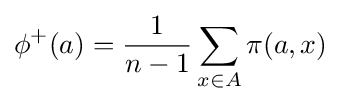
\phi ^{+}(a)={\frac {1}{n-1}}\displaystyle \sum _{x\in A}\pi (a,x)